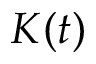
K ( t )